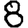
Digit: 8